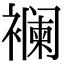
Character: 襕